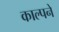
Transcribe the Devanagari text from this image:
काल्पने